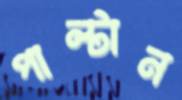
পাল্টান